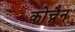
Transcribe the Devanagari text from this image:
कोच्रैन